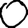
Digit: 0